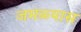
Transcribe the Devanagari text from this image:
जमळ्यास